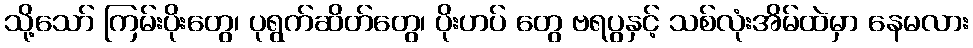
သို့သော် ကြမ်းပိုးတွေ၊ ပုရွက်ဆိတ်တွေ၊ ပိုးဟပ် တွေ ဗရပွနှင့် သစ်လုံးအိမ်ထဲမှာ နေမလား